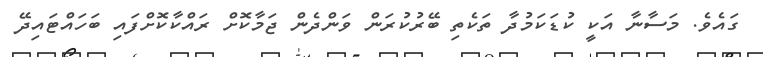
ގައެވެ. މަސާނާ އަކީ ކުޑަކަމުދާ ތަކެތި ބޭރުކުރަން ވަންދެން ޖަމާކޮށް ރައްކާކޮށްފައި ބަހައްޓައިދޭ